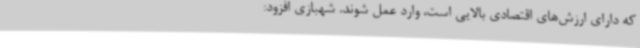
که دارای ارزش‌های اقتصادی بالایی است، وارد عمل شوند. شهبازی افزود: